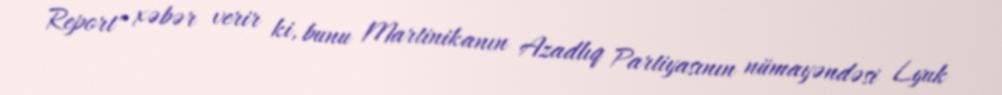
Report" xəbər verir ki, bunu Martinikanın Azadlıq Partiyasının nümayəndəsi Lyuk